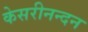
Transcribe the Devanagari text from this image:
केसरीनन्दन